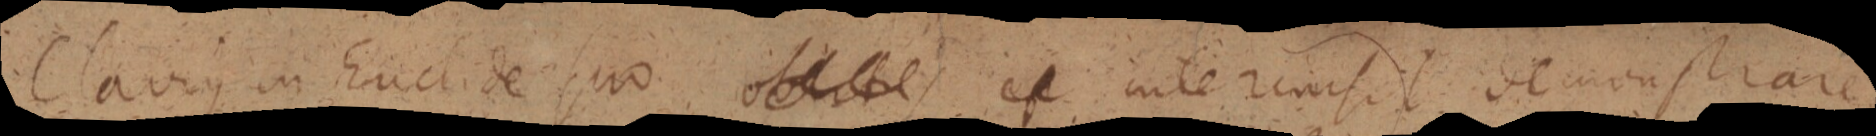
Clavius in Euclide suo _ _ interemfit demonstrare